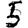
Digit: 5